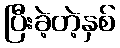
ပြီးခဲ့တဲ့နှစ်